system: You are a helpful assistant.
user:
Analyze the provided spectrum to determine if it is a **Carbon Star (C-type)**.

- **Key Visual Indicators of Carbon Star:**
    - **(Primary):** Strong molecular absorption from **C₂ (diatomic carbon) "Swan Bands."** This is the **defining feature** of a carbon star.
        - **(Key Bandheads):** Sharp absorption edges are visible at approximately $5635$ Å, $5165$ Å (the strongest band), and $4737$ Å.
        - **(Line Profile):** Creates a distinct **"saw-tooth"** pattern. The key morphology is a sharp, steep bandhead on the **red (long-wavelength) side**, which then gradually tapers off (i.e., flux recovers) towards the **blue (short-wavelength) side**. *(This is the direct opposite of the TiO bands seen in M-type stars)*.

    - **(Secondary):** Intense **CN (cyanogen)** molecular absorption bands.
        - **(Key Bandheads):** Located in the blue and violet regions of the spectrum (e.g., near $4215$ Å and $3883$ Å).
        - **(Morphology):** These bands are extremely broad and act as a "blanket," absorbing the vast majority of blue and violet light. This creates a characteristic **"cliff"** or **"steep drop-off"** in the spectrum's flux at short wavelengths.

    - **(Key Confirmation):** Strong **CH absorption band (G-band)**.
        - **(Key Bandhead):** Located around $4300$ Å. The contribution from CH molecules to this band is exceptionally strong.

    - **(Overall Spectrum):**
        - The continuum is severely "chopped up" by these deep molecular bands, especially C₂, rather than appearing as a smooth curve.
        - Due to the heavy CN and C₂ absorption in the blue-green, the vast majority of the star's flux is concentrated in the red part of the spectrum, giving the star its characteristic deep red color.

Think first, call **spectral_visualization_tool** if needed to examine features in detail, then provide your final answer. Your response must adhere to the following strict rules:
1.  **Overall Structure:** Your response must follow the format `<think>...</think> <tool_call>...</tool_call> (if a tool is used) <answer>...</answer>`.
2.  **Tool Usage Constraint:** You may only make **one** tool call per turn.
3.  **Final Answer Format:** In the `<answer>` tag, your conclusion must be inside a `\boxed{}` command (e.g., `\boxed{YES}`), followed by your justification.

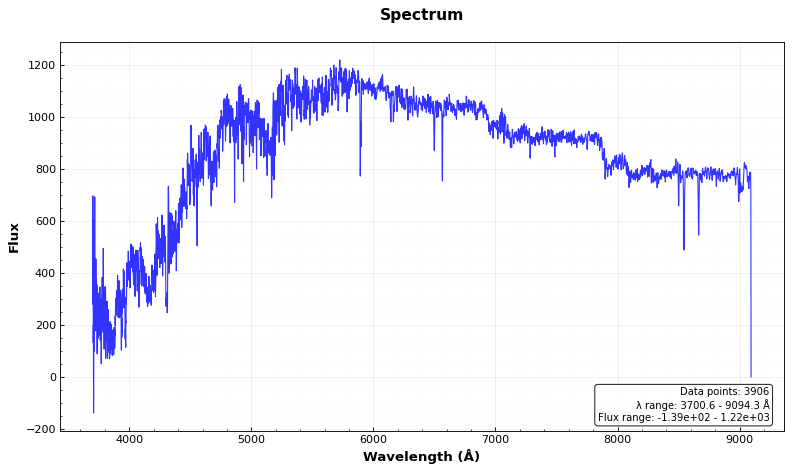
Answer: YES